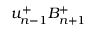
u _ { n - 1 } ^ { + } B _ { n + 1 } ^ { + }